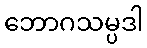
ဘောဂသမ္ပဒါ